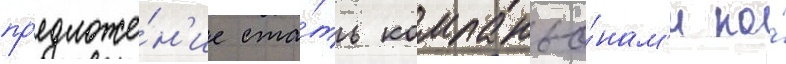
пр'едложе́н'ие ста́ть компаньо́нам'и по́